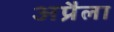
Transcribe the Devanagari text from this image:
अप्रैला